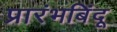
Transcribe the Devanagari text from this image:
प्रारंभबिंदू